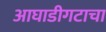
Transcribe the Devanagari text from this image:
आघाडीगटाचा